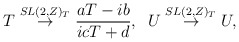
\begin{align*}T \stackrel{SL(2,Z)_T}{\rightarrow} \frac{aT-ib}{icT+d},\;\; U \stackrel{SL(2,Z)_T}{\rightarrow} U,\end{align*}